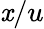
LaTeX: \mathit{x}/u